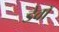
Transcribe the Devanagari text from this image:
डेवॉ